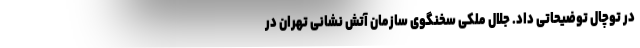
در توچال توضیحاتی داد. جلال ملکی سخنگوی سازمان آتش نشانی تهران در